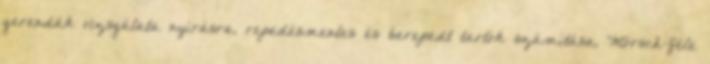
gerendák vizsgálata nyírásra, repedésmentes és berepedt tartók számítása, Mörsch-féle